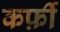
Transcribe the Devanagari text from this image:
कर्फ़ी